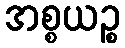
အစ္စယဉ္စ